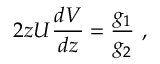
2 z U { \frac { d V } { d z } } = { \frac { g _ { 1 } } { g _ { 2 } } } ~ ,